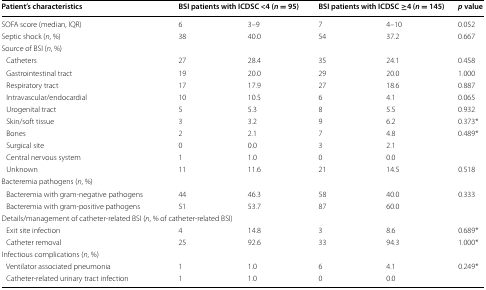
<table><thead><tr><td><b>Patient’s characteristics</b></td><td colspan="2"><b>BSI patients with ICDSC &lt;4 (<i>n</i> = 95)</b></td><td colspan="2"><b>BSI patients with ICDSC ≥4 (<i>n</i> = 145)</b></td><td><b><i>p</i> value</b></td></tr></thead><tbody><tr><td>SOFA score (median, IQR)</td><td>6</td><td>3–9</td><td>7</td><td>4–10</td><td>0.052</td></tr><tr><td>Septic shock (<i>n</i>, %)</td><td>38</td><td>40.0</td><td>54</td><td>37.2</td><td>0.667</td></tr><tr><td colspan="6">Source of BSI (<i>n</i>, %)</td></tr><tr><td> Catheters</td><td>27</td><td>28.4</td><td>35</td><td>24.1</td><td>0.458</td></tr><tr><td> Gastrointestinal tract</td><td>19</td><td>20.0</td><td>29</td><td>20.0</td><td>1.000</td></tr><tr><td> Respiratory tract</td><td>17</td><td>17.9</td><td>27</td><td>18.6</td><td>0.887</td></tr><tr><td> Intravascular/endocardial</td><td>10</td><td>10.5</td><td>6</td><td>4.1</td><td>0.065</td></tr><tr><td> Urogenital tract</td><td>5</td><td>5.3</td><td>8</td><td>5.5</td><td>0.932</td></tr><tr><td> Skin/soft tissue</td><td>3</td><td>3.2</td><td>9</td><td>6.2</td><td>0.373*</td></tr><tr><td> Bones</td><td>2</td><td>2.1</td><td>7</td><td>4.8</td><td>0.489*</td></tr><tr><td> Surgical site</td><td>0</td><td>0.0</td><td>3</td><td>2.1</td><td></td></tr><tr><td> Central nervous system</td><td>1</td><td>1.0</td><td>0</td><td>0.0</td><td></td></tr><tr><td> Unknown</td><td>11</td><td>11.6</td><td>21</td><td>14.5</td><td>0.518</td></tr><tr><td colspan="6">Bacteremia pathogens (<i>n</i>, %)</td></tr><tr><td> Bacteremia with gram-negative pathogens</td><td>44</td><td>46.3</td><td>58</td><td>40.0</td><td>0.333</td></tr><tr><td> Bacteremia with gram-positive pathogens</td><td>51</td><td>53.7</td><td>87</td><td>60.0</td><td></td></tr><tr><td colspan="6">Details/management of catheter-related BSI (<i>n</i>, % of catheter-related BSI)</td></tr><tr><td> Exit site infection</td><td>4</td><td>14.8</td><td>3</td><td>8.6</td><td>0.689*</td></tr><tr><td> Catheter removal</td><td>25</td><td>92.6</td><td>33</td><td>94.3</td><td>1.000*</td></tr><tr><td>Infectious complications (<i>n</i>, %)</td><td></td><td></td><td></td><td></td><td></td></tr><tr><td> Ventilator associated pneumonia</td><td>1</td><td>1.0</td><td>6</td><td>4.1</td><td>0.249*</td></tr><tr><td> Catheter-related urinary tract infection</td><td>1</td><td>1.0</td><td>0</td><td>0.0</td><td></td></tr></tbody></table>